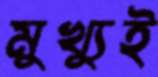
মুখ্যুই